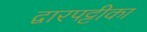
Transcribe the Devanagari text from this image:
द्वारपट्टीका